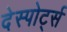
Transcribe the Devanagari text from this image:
देस्पोर्ट्स